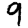
Digit: 9